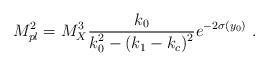
LaTeX: \begin{align*}M_{pl}^2 = {M_X^3} {{ k_0} \over\displaystyle { k_0^2 - (k_1-k_c)^2}} e^{-2 \sigma(y_0)}~.~\,\end{align*}